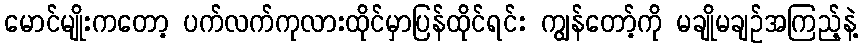
မောင်မျိုးကတော့ ပက်လက်ကုလားထိုင်မှာပြန်ထိုင်ရင်း ကျွန်တော့်ကို မချိုမချဉ်အကြည့်နဲ့